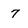
Character: 7